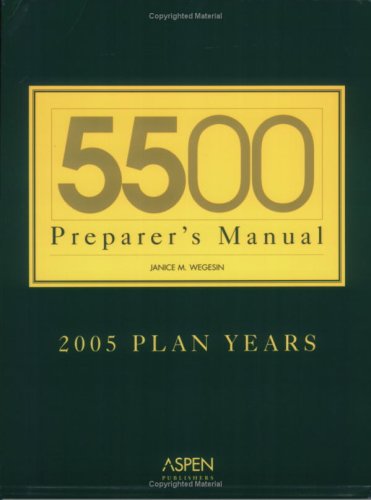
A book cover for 5500 Preparer's Manual: 2005 Plan Years; Janice M. Wegesin; Law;